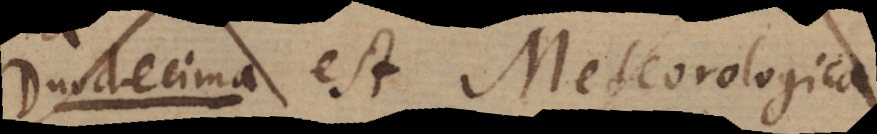
Duodecima est Meteorologica